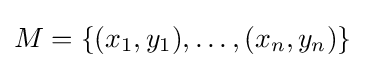
M=\{(x_{1},y_{1}),\ldots ,(x_{n},y_{n})\}